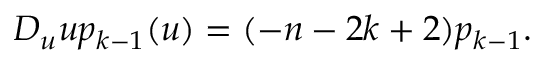
D _ { u } u p _ { k - 1 } ( u ) = ( - n - 2 k + 2 ) p _ { k - 1 } .